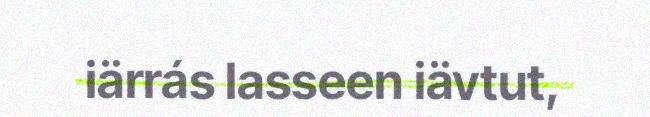
iärrás lasseen iävtut,